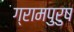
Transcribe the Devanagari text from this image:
ग्रामपुरुष